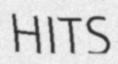
HITS